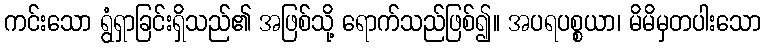
ကင်းသော ရွံရှာခြင်းရှိသည်၏ အဖြစ်သို့ ရောက်သည်ဖြစ်၍။ အပရပစ္စယာ၊ မိမိမှတပါးသော